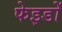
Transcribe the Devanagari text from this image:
फेइडों